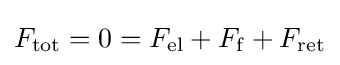
F_{\text{tot}}=0=F_{\text{el}}+F_{\mathrm {f} }+F_{\text{ret}}